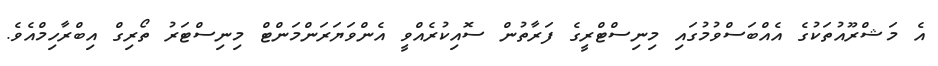
އެ މަޝްރޫއުތަކުގެ އެއްބަސްވުމުގައި މިނިސްޓްރީގެ ފަރާތުން ސޮއިކުރެއްވީ އެންވަޔަރަންމަންޓް މިނިސްޓަރު ތޯރިގް އިބްރާހިމްއެވެ.